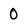
Character: 0